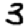
Digit: 3